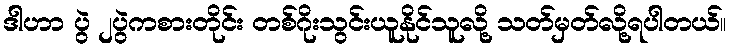
ဒါဟာ ပွဲ ၂ပွဲကစားတိုင်း တစ်ဂိုးသွင်းယူနိုင်သူလို့ သတ်မှတ်လို့ရပါတယ်။